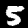
Label: 5